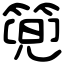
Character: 篼